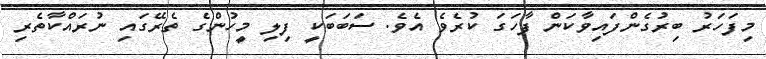
މިފަހަރު ބިރުގެންފައިވާކަން ފާހަގަ ކުރެވެ އެވެ. ސަބަބަކީ ފިލި މީހުންގެ ތެރޭގައި ނުރައްކާތެރި